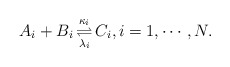
\begin{align*}A_i + B_i \mathop{\rightleftharpoons}^{\kappa_i}_{\lambda_i} C_i, i=1,\cdots,N.\end{align*}